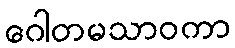
ဂေါတမသာဝကာ